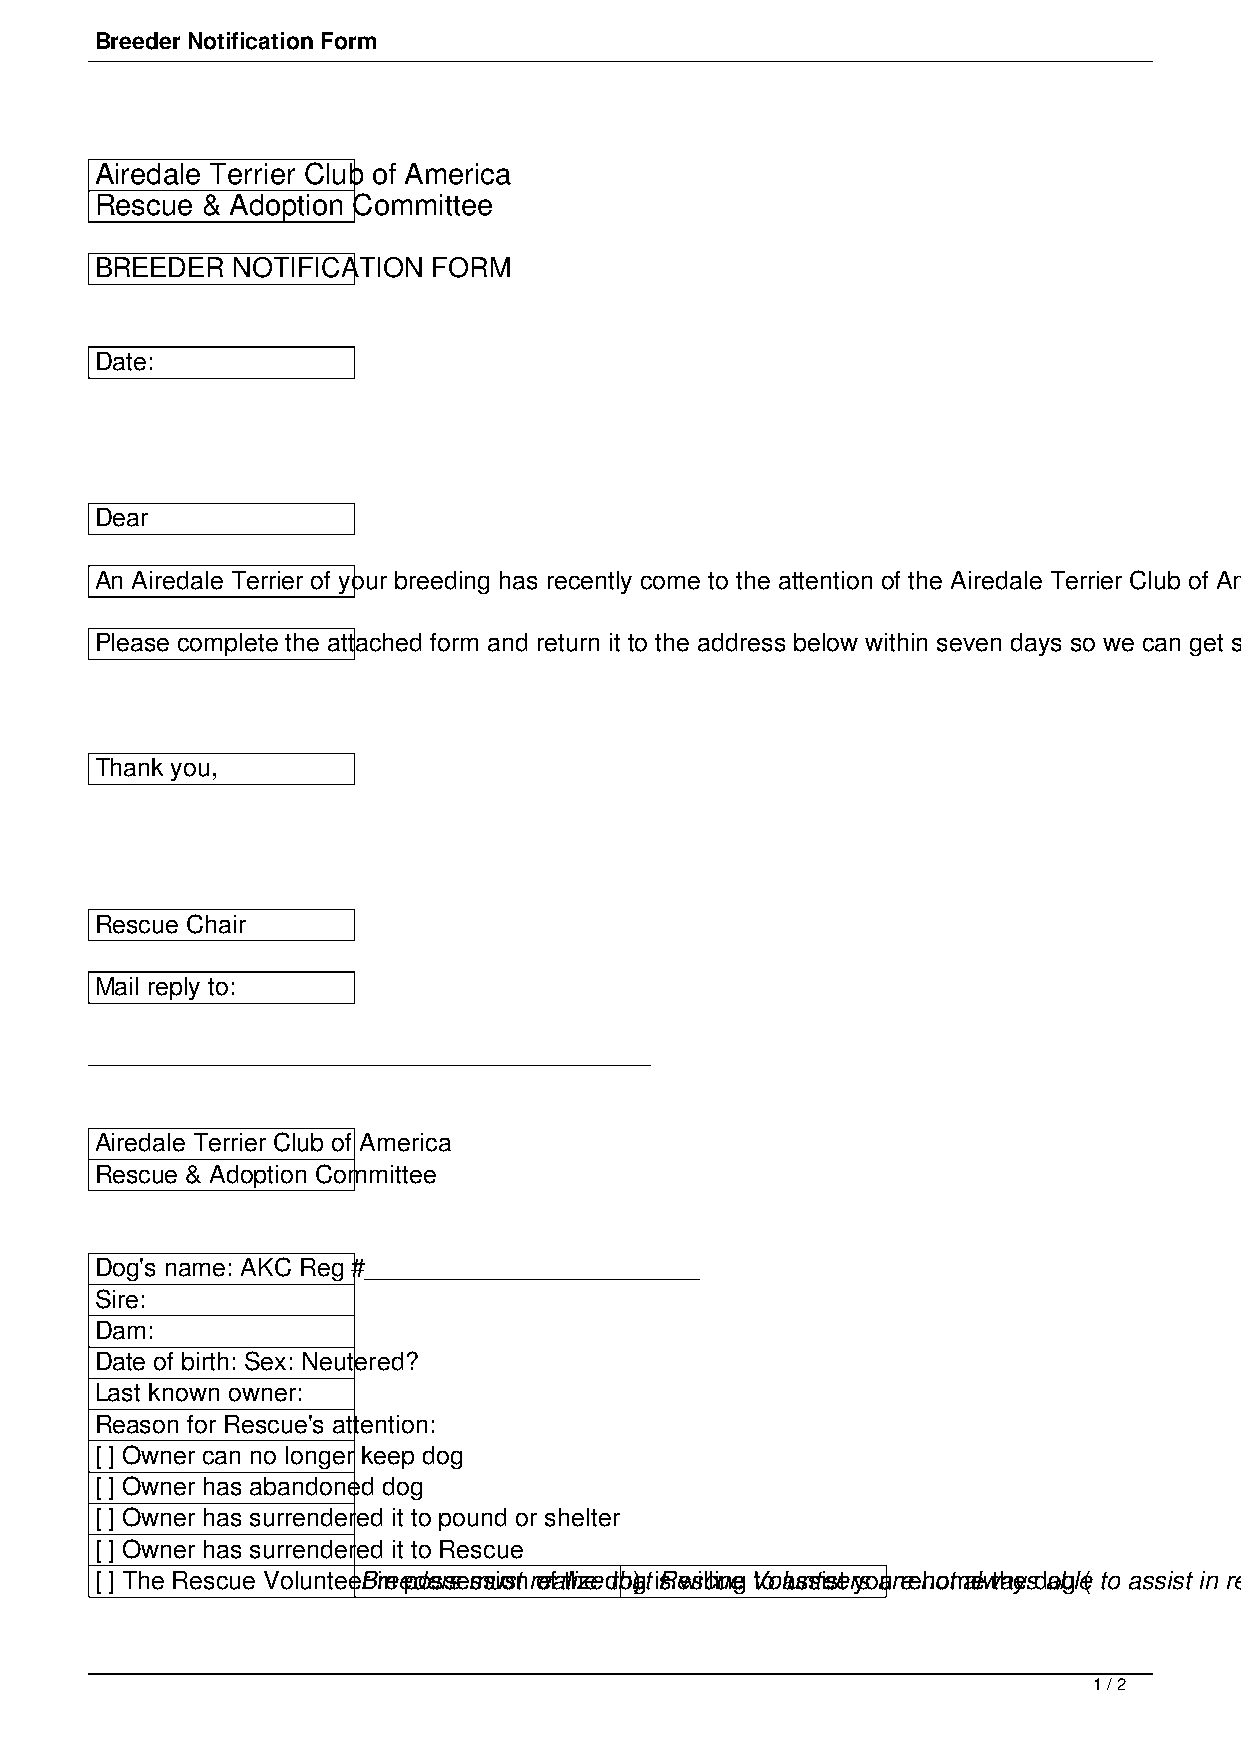
Breeder Notification Form
 Airedale Terrier Club of America
 Rescue & Adoption Committee
 BREEDER  NOTIFICATION  FORM
 Date:
 Dear
 An Airedale Terrier of your breeding has recently come to the attention of the Airedale Terrier Club of America Rescue and Adoption Committee, and is in need of a new home. Since we realize that the welfare of this dog may be a concern to you, we would like to give you an opportunity to let us know how you want us to proceed.
 Please complete the attached form and return it to the address below within seven days so we can get started right away. If we have not received the form within seven days, we will assume you do not wish to be involved in helping this dog.
 Thank you,
 Rescue Chair
 Mail reply to:
 Airedale Terrier Club of America
 Rescue & Adoption Committee
 Dog's name: AKC Reg #________________________
 Sire:
 Dam:
 Date of birth: Sex: Neutered?
 Last known owner:
 Reason for Rescue's attention:
 [ ] Owner can no longer keep dog
 [ ] Owner has abandoned dog
 [ ] Owner has surrendered it to pound or shelter
 [ ] Owner has surrendered it to Rescue
 [ ] The Rescue VolunteeBr rine epdoesrsse mssuiosnt roefa tlhizee dtho a)g t iRs ewsilcliuneg Vtoo lausnstieset ryso aur ere nhootm aelw thaeys d aobgl e( to assist in rehoming a dog. Their first priority is to abandoned dogs with no other support available.
 1 / 2